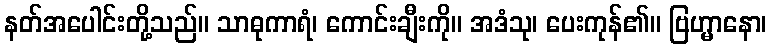
နတ်အပေါင်းတို့သည်။ သာဓုကာရံ၊ ကောင်းချီးကို။ အဒံသု၊ ပေးကုန်၏။ ဗြဟ္မာနော၊